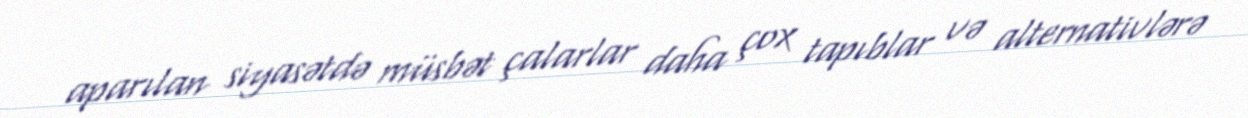
aparılan siyasətdə müsbət çalarlar daha çox tapıblar və alternativlərə